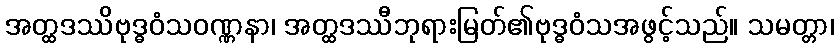
အတ္ထဒဿိဗုဒ္ဓဝံသဝဏ္ဏနာ၊ အတ္ထဒဿီဘုရားမြတ်၏ဗုဒ္ဓဝံသအဖွင့်သည်။ သမတ္တာ၊